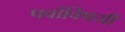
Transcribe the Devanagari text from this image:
पर्वाविषयी